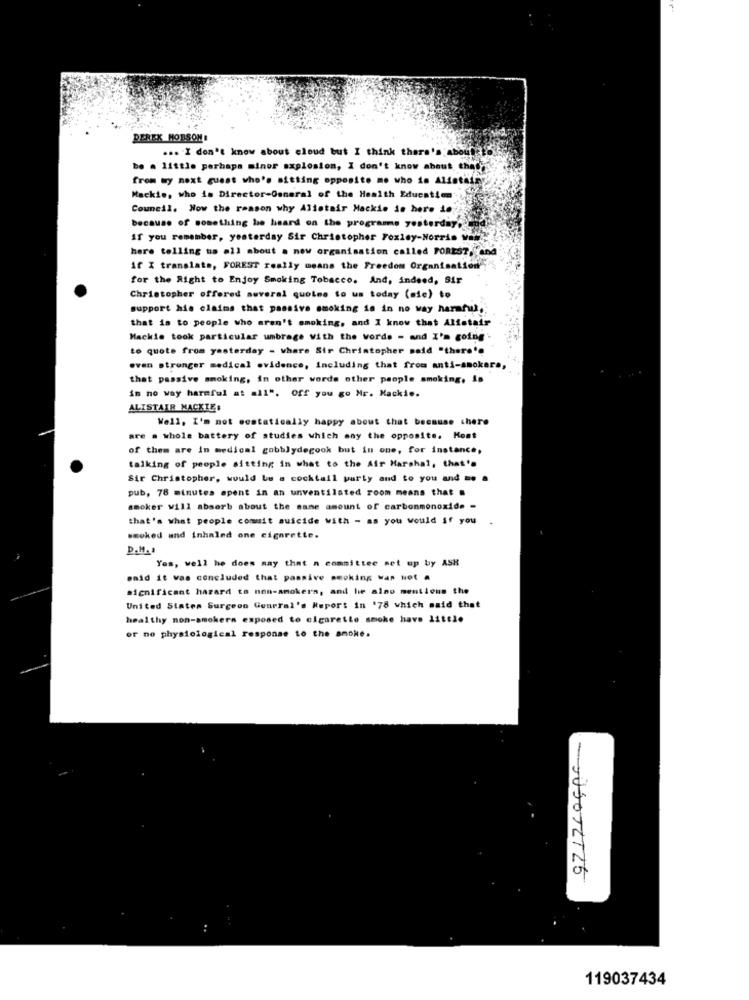
DEREK MOTSON!
... I don't know about cloud but I think there's about
be . little perhaps minor explosion, I don't know about that
from my next guest who's sitting opposite mo who is Alsothf
Mackie, who is Director-Osneral of the Health Education
Council. Now the reason why Alistair Mackie de here io
because of something he heard on the programs yesterday.
If you remember, yesterday Sir Christopher Foxley-Norris Val
here telling us all about . now organisation called FOREST, and
if X translate, FOREST really means the Freedom Organisation
for the Right to Enjoy Smoking Tobacco. And, indeed, Bir
Christopher offered suveral quotes to us today (sie) to
support hie claims that passive smoking is in no way harmful.
that is to people who aren't smoking, and I know that Alfstair
Mackie took particular umbrage with the words - and I'm going
to quote from yesterday - where Sir Christopher said "there's
even stronger medical evidence, including that from anti-smokera,
that passive smoking, in other words other people smoking. is
in no way harmful at all". Off you go Mr. Mackie.
ALISTAIR MACKIE:
Well, I'm not ecstatically happy about that because chere
are a whole battery of studies which any the opposite. Kost
of them are in medical gobblydegook but in one, for instance,
talking of people sitting in what to the Air Marshal, that's
Sir Christopher, would be a cocktail party and to you and .. .
pub, 78 minutes opent in an unventilated room means that =
smoker vill absorb about the same amount of carbonmonoxide -
that's what people commit suicide with - as you would if you
smoked and inhaled one cigarette.
D.M. .
Yes, well he does may that a committee set up by ASH
said it was concluded that passive smoking was Not a
significant hazard to non-smokers, and he also mentions the
United States Surgeon General's Report in '78 which said that
healthy non-smokers exposed to cigarette smoke have little
or no physiological response to the smoke.
- JUSOTZT25
119037434